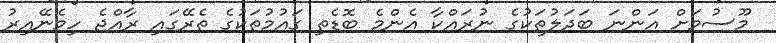
މޫސުމަށް އަންނަ ބަދަލުތަކުގެ ނުރައްކާ އެންމެ ބޮޑެތި ގައުމުތަކުގެ ތެރޭގައި ރާއްޖެ ހިމެނޭއިރު